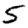
Digit: 5